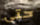
حتى